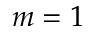
m = 1